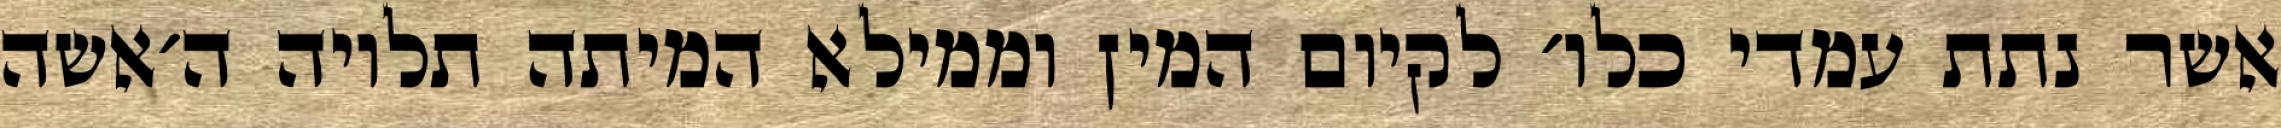
אשר נתת עמדי כלו׳ לקיום המין וממילא המיתה תלויה ה׳אשה